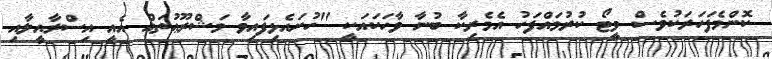
ކޮންމެފަހަރަކުވެސް ވީޓޯ ކުރުމައްފަހު އެމެރިކާ ބުނާ ވާހަކައަކީ ''ހުށައެޅިފައިވާ މަޝްރޫޢުތައް އެއީ އިސްރާއީލާއި